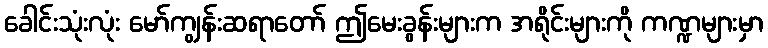
ခေါင်းသုံးလုံး မော်ကျွန်းဆရာတော် ဤမေးခွန်းများက အရိုင်းများကို ကဏ္ဍများမှာ